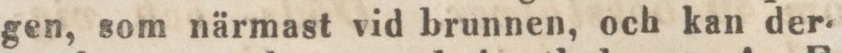
gen, som närmast vid brunnen, och kan der-